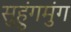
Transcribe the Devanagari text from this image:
सुहुंगमुंग